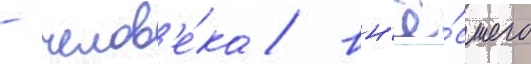
- челов'е́ка / вн'ё́сшего